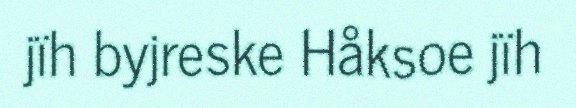
jïh byjreske Håksoe jïh